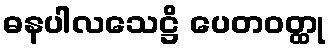
ဓနပါလသေဋ္ဌိ ပေတဝတ္ထု